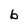
Character: 6